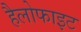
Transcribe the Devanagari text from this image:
हैलोफाइट